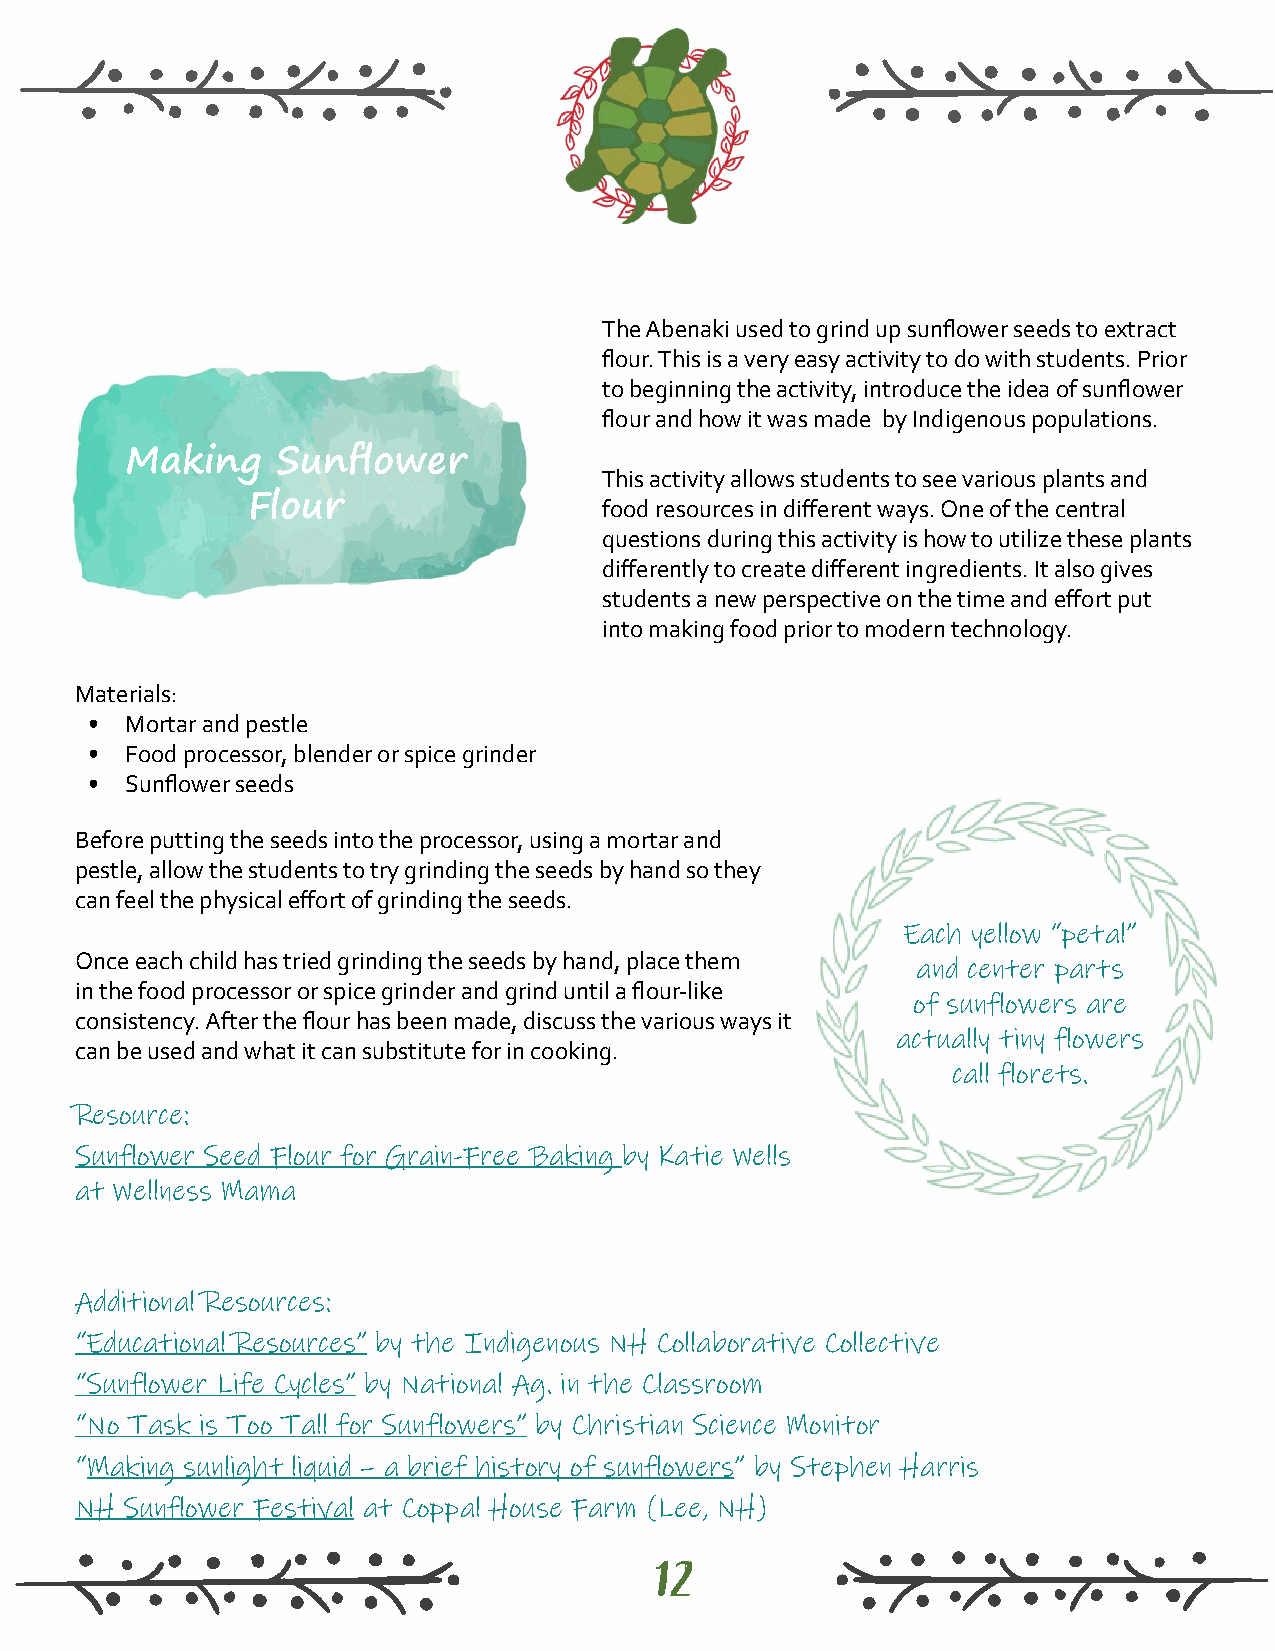
The Abenaki used to grind up sunflower seeds to extract
 flour. This is a very easy activity to do with students. Prior
 to beginning the activity, introduce the idea of sunflower
 flour and how it was made by Indigenous populations.
 Making    Sunflower
 This activity allows students to see various plants and
 Flour                   food resources in different ways. One of the central
 questions during this activity is how to utilize these plants
 differently to create different ingredients. It also gives
 students a new perspective on the time and effort put
 into making food prior to modern technology.
 Materials:
 • Mortar and pestle
 • Food processor, blender or spice grinder
 • Sunflower seeds
 Before putting the seeds into the processor, using a mortar and
 pestle, allow the students to try grinding the seeds by hand so they
 can feel the physical effort of grinding the seeds.
 Each yellow “petal”
 Once each child has tried grinding the seeds by hand, place them
 and center parts
 in the food processor or spice grinder and grind until a flour-like
 of sunflowers are
 consistency. After the flour has been made, discuss the various ways it
 actually tiny flowers
 can be used and what it can substitute for in cooking.
 call florets.
 Resource:
 Sunflower Seed Flour for Grain-Free Baking by Katie Wells
 at Wellness Mama
 Additional Resources:
 “Educational Resources” by the Indigenous NH Collaborative Collective
 “Sunflower Life Cycles” by National Ag. in the Classroom
 “No Task is Too Tall for Sunflowers” by Christian Science Monitor
 “Making sunlight liquid – a brief history of sunflowers” by Stephen Harris
 NH Sunflower Festival at Coppal House Farm (Lee, NH)
 12